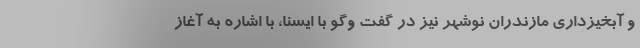
و آبخیزداری مازندران نوشهر نیز در گفت وگو با ایسنا، با اشاره به آغاز